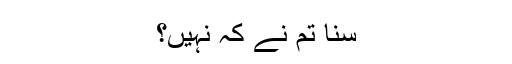
سنا تم نے کہ نہیں؟